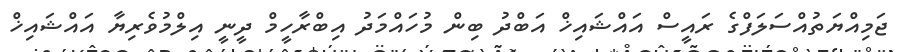
ޖަމިއްޔަތުއްސަލަފްގެ ރައީސް އައްޝައިޚް އަބްދު ބިން މުހައްމަދު އިބްރާހީމް ދީނީ އިލްމުވެރިޔާ އައްޝައިޚް